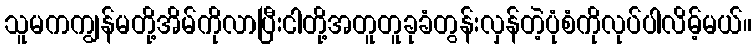
သူမကကျွန်မတို့အိမ်ကိုလာပြီးငါတို့အတူတူခုခံတွန်းလှန်တဲ့ပုံစံကိုလုပ်ပါလိမ့်မယ်။